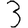
Digit: 3